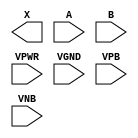
module sky130_fd_sc_hd__or2 (
    X   ,
    A   ,
    B   ,
    VPWR,
    VGND,
    VPB ,
    VNB
);

    output X   ;
    input  A   ;
    input  B   ;
    input  VPWR;
    input  VGND;
    input  VPB ;
    input  VNB ;
endmodule